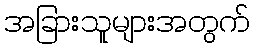
အခြားသူများအတွက်